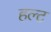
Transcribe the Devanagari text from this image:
हल्ट